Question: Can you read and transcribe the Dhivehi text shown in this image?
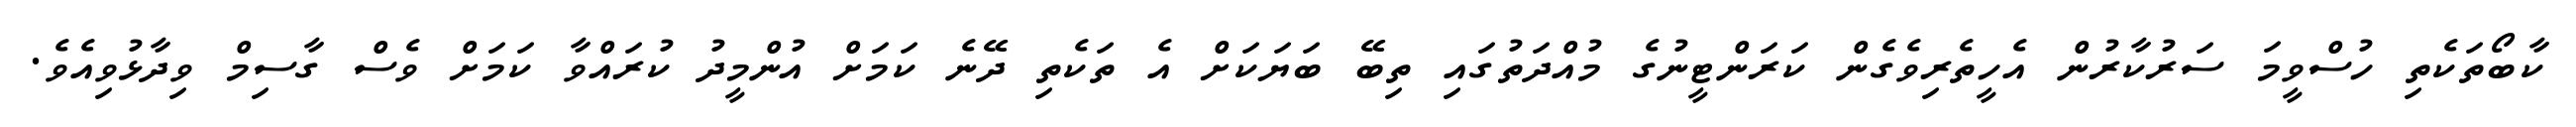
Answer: ކާބޯތަކެތި ހުސްވީމަ ސަރުކާރުން އެހީތެރިވެގެން ކަރަންޓީނުގެ މުއްދަތުގައި ތިބޭ ބަޔަކަށް އެ ތަކެތި ދޭނެ ކަމަށް އުންމީދު ކުރައްވާ ކަމަށް ވެސް ގާސިމް ވިދާޅުވިއެވެ.